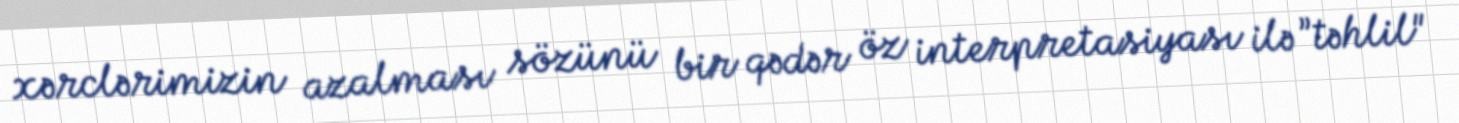
xərclərimizin azalması sözünü bir qədər öz interpretasiyası ilə ”təhlil"